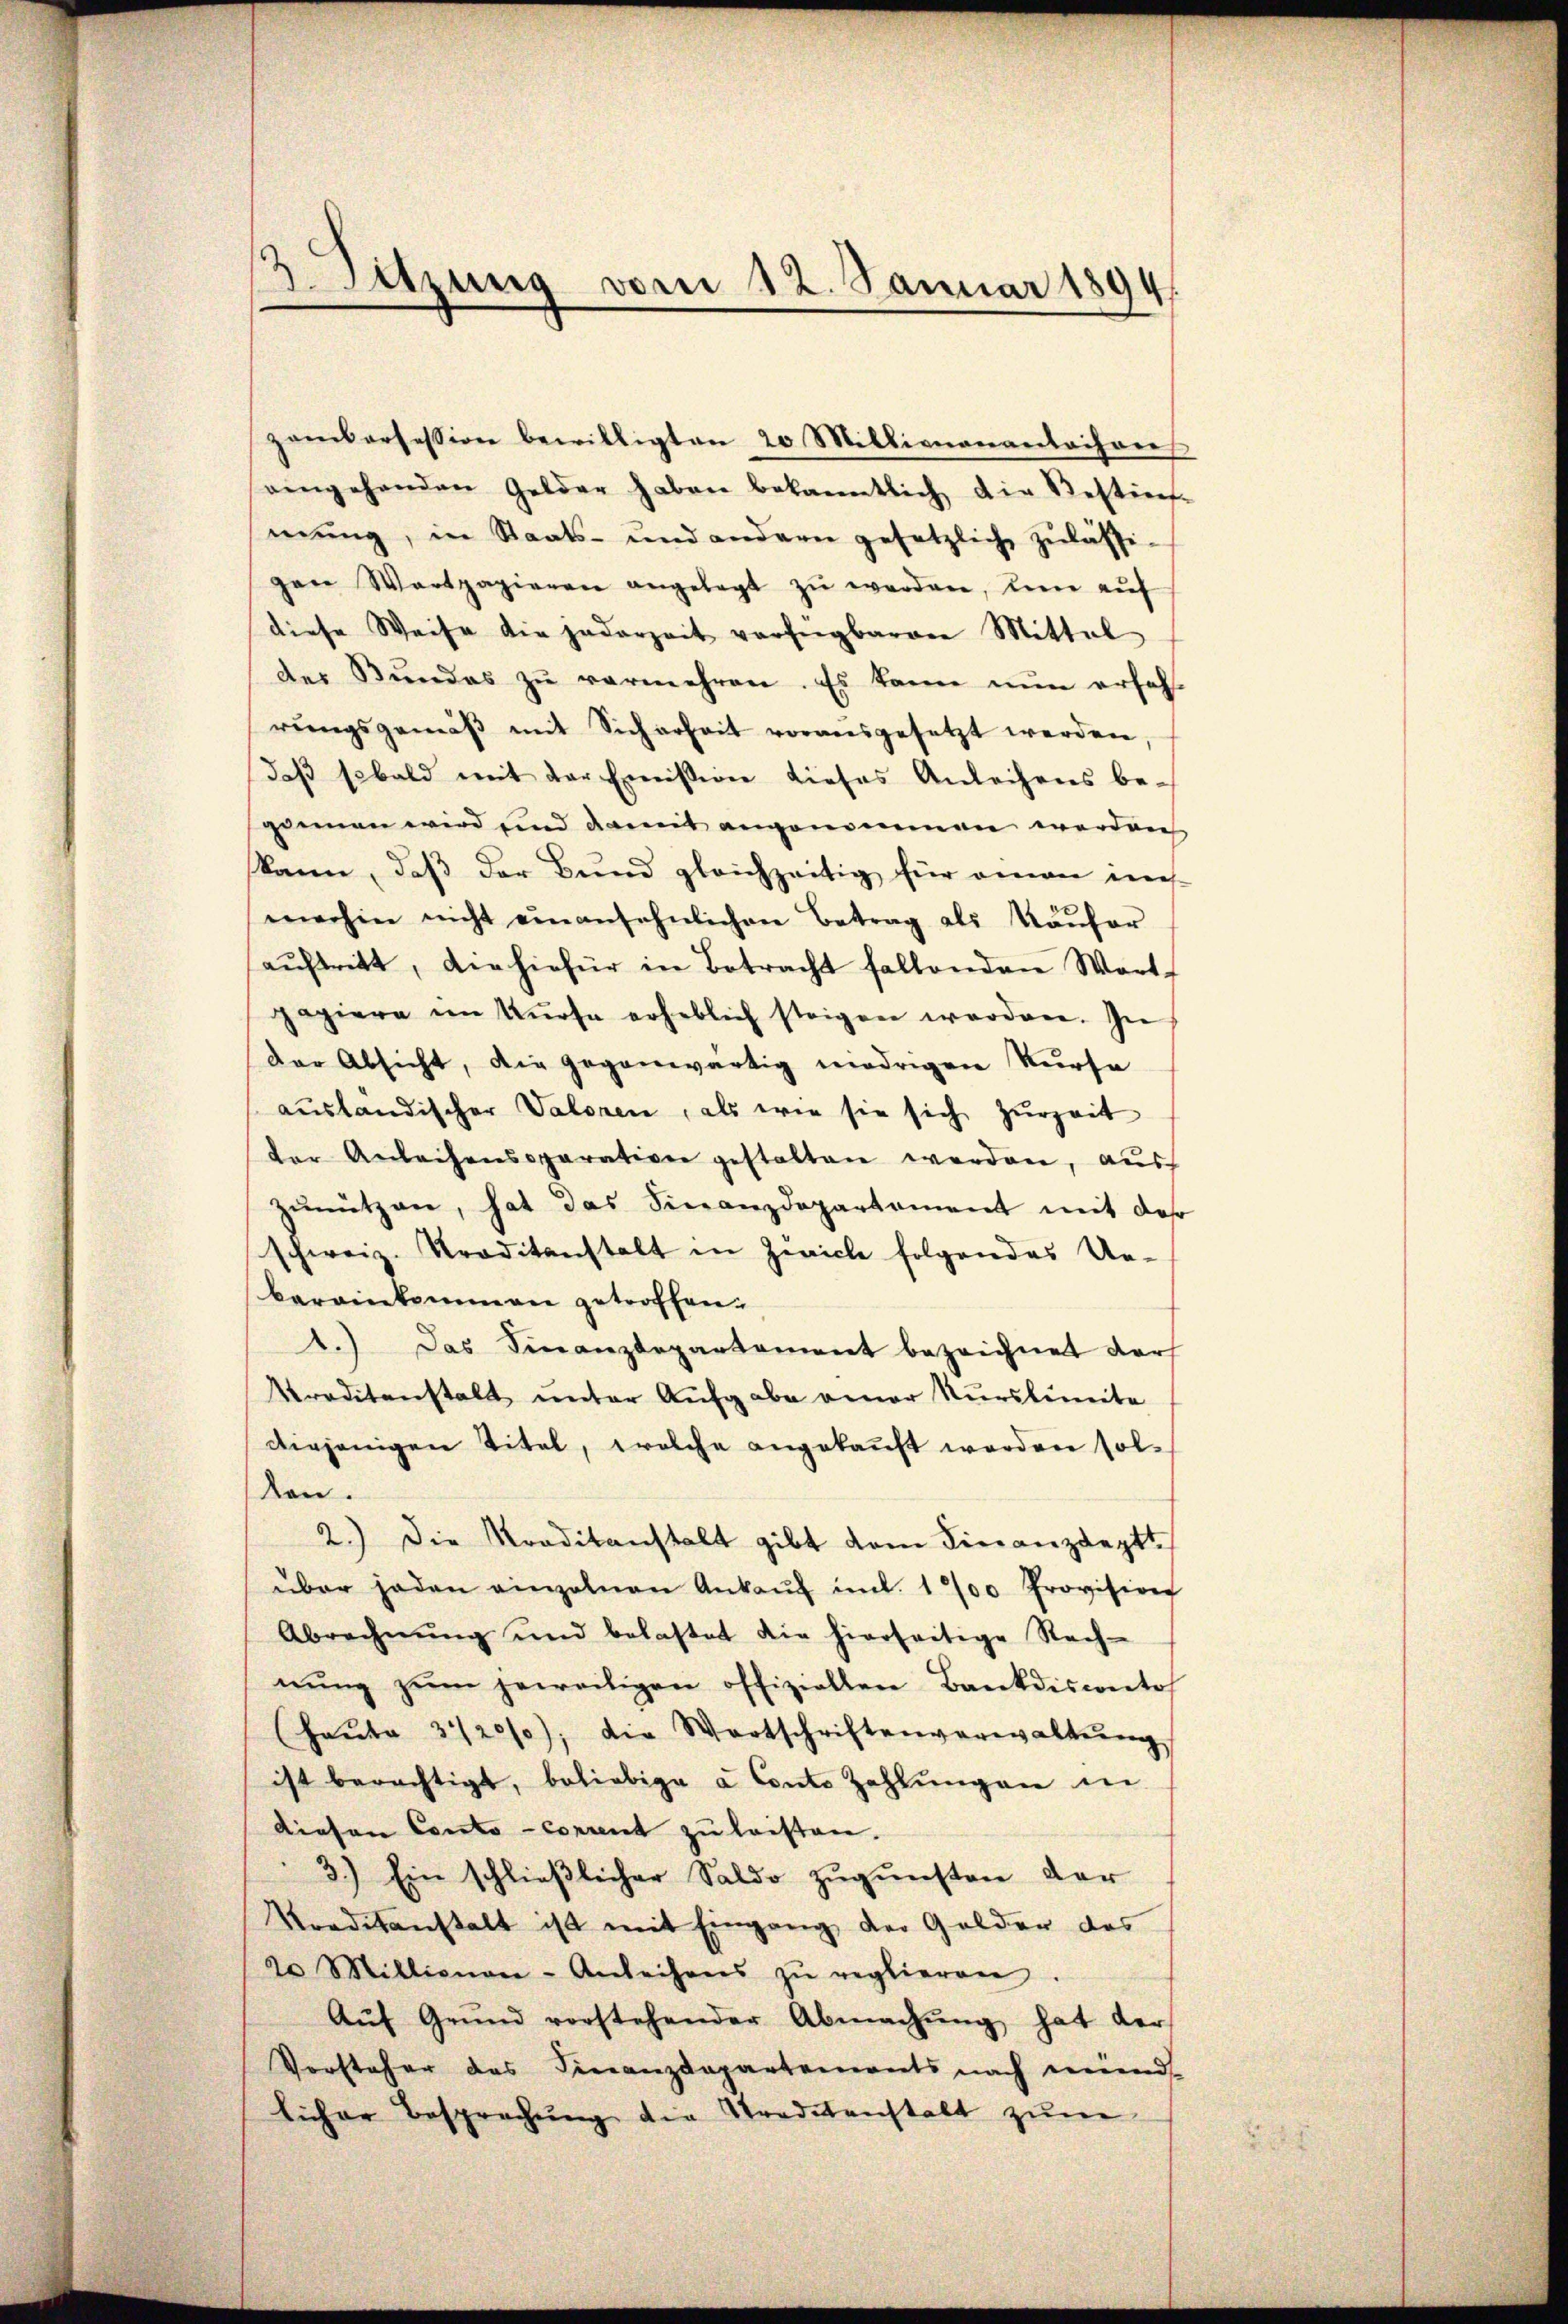
d
itzung vom 12. Januar 1894

zamkorfession bewilligten 20 Milliananantaires
eingehenden Gelder haben bekanntlich die Bestiers-
mŭng, in Staats- und andern gesetzlich zulässi-
gen Wertpapieren angelegt zŭ werden, den auf
diese Weise die jederzeit verfügbarere Mittel
der Bundes zu vermehren. Es kann nun erfahrŭngsgemäβ mit Sicherheit vorausgesetzt werden
daß sobald mit der Emission dieses Anleihens be-
gimen wird und damit angenommen werden
kann, daß der Bund gleichzeitig für oman ins-
merhin nicht einansehnlichen Betrag als Käŭfer
aŭftrett, die hiefür in Betracht fallenden Wort-
papiere im Kŭrse erheblich steigen werden. In
der Absicht, die gegenwärtig niedrigen Kurse
ausländischer Valoren, als wie sie sich zurzeit
der Anleihensparativen gestalten werden, aus
zŭnützen, hat das Finanzdepartement mit das
schweiz. Traditanstalt in Zürich folgendes Ue-
bereinkommen getroffen.
1.) Das Finanzdepartement bezeichnet darf
Kreditanstalt unter Aufgabe einer Kurslimite
diejenigen Titel, welche angekaŭft werden sol-
len.
2.) Die Traditanstalt gibt dem Finanzdeptt
über jeden einzelnen Ankaŭf ŭnt. 1700 Provision
Abrechnŭng und belastet die hierseitige Rech-
nŭng zŭm jeweiligen offiziellen Bankdisconto
(Haŭte 3120/0); die Wortschriftenverwaltŭng
ist berechtigt, beliebige à Conto Zahlŭngen in
Diesen Conto- Convent zu leisten.
3.) Ein schließlicher Saldo zugunsten der
Vordesanstalt ist mit Eingang der Golder das
20 Millionaer-Anleihens zŭ reglieren
Aŭf Grŭnd vorstehender Abmachŭng hat der
Vorsteher des Finanzdepartements nach münd-
licher Besprechŭng die Traditanstalt zum